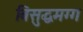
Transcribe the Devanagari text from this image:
बिसुद्धमग्ग